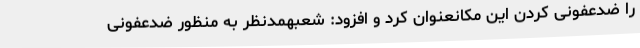
را ضدعفونی کردن این مکانعنوان کرد و افزود: شعبهمدنظر به منظور ضدعفونی